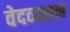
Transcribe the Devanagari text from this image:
वेदव्यसन